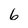
Character: 6